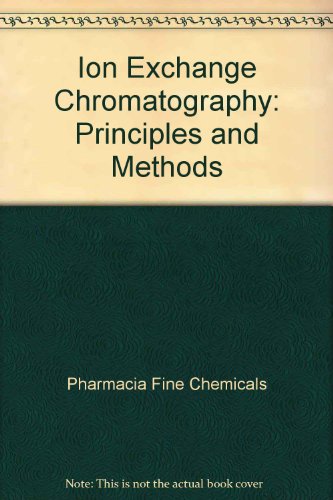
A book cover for Ion Exchange Chromatography: Principles and Methods; Pharmacia Fine Chemicals; Science & Math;